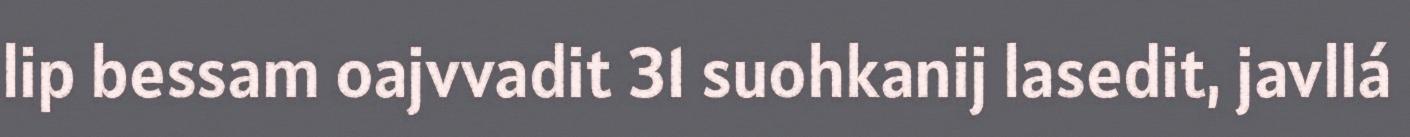
lip bessam oajvvadit 31 suohkanij lasedit, javllá